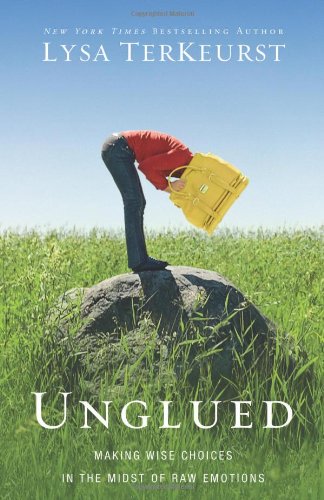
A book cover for Unglued: Making Wise Choices in the Midst of Raw Emotions; Lysa TerKeurst; Christian Books & Bibles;